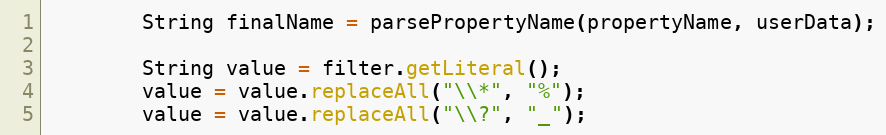
Language: Java
		String finalName = parsePropertyName(propertyName, userData);

		String value = filter.getLiteral();
		value = value.replaceAll("\\*", "%");
		value = value.replaceAll("\\?", "_");